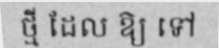
ថ្មី ដែល ឱ្យ ទៅ